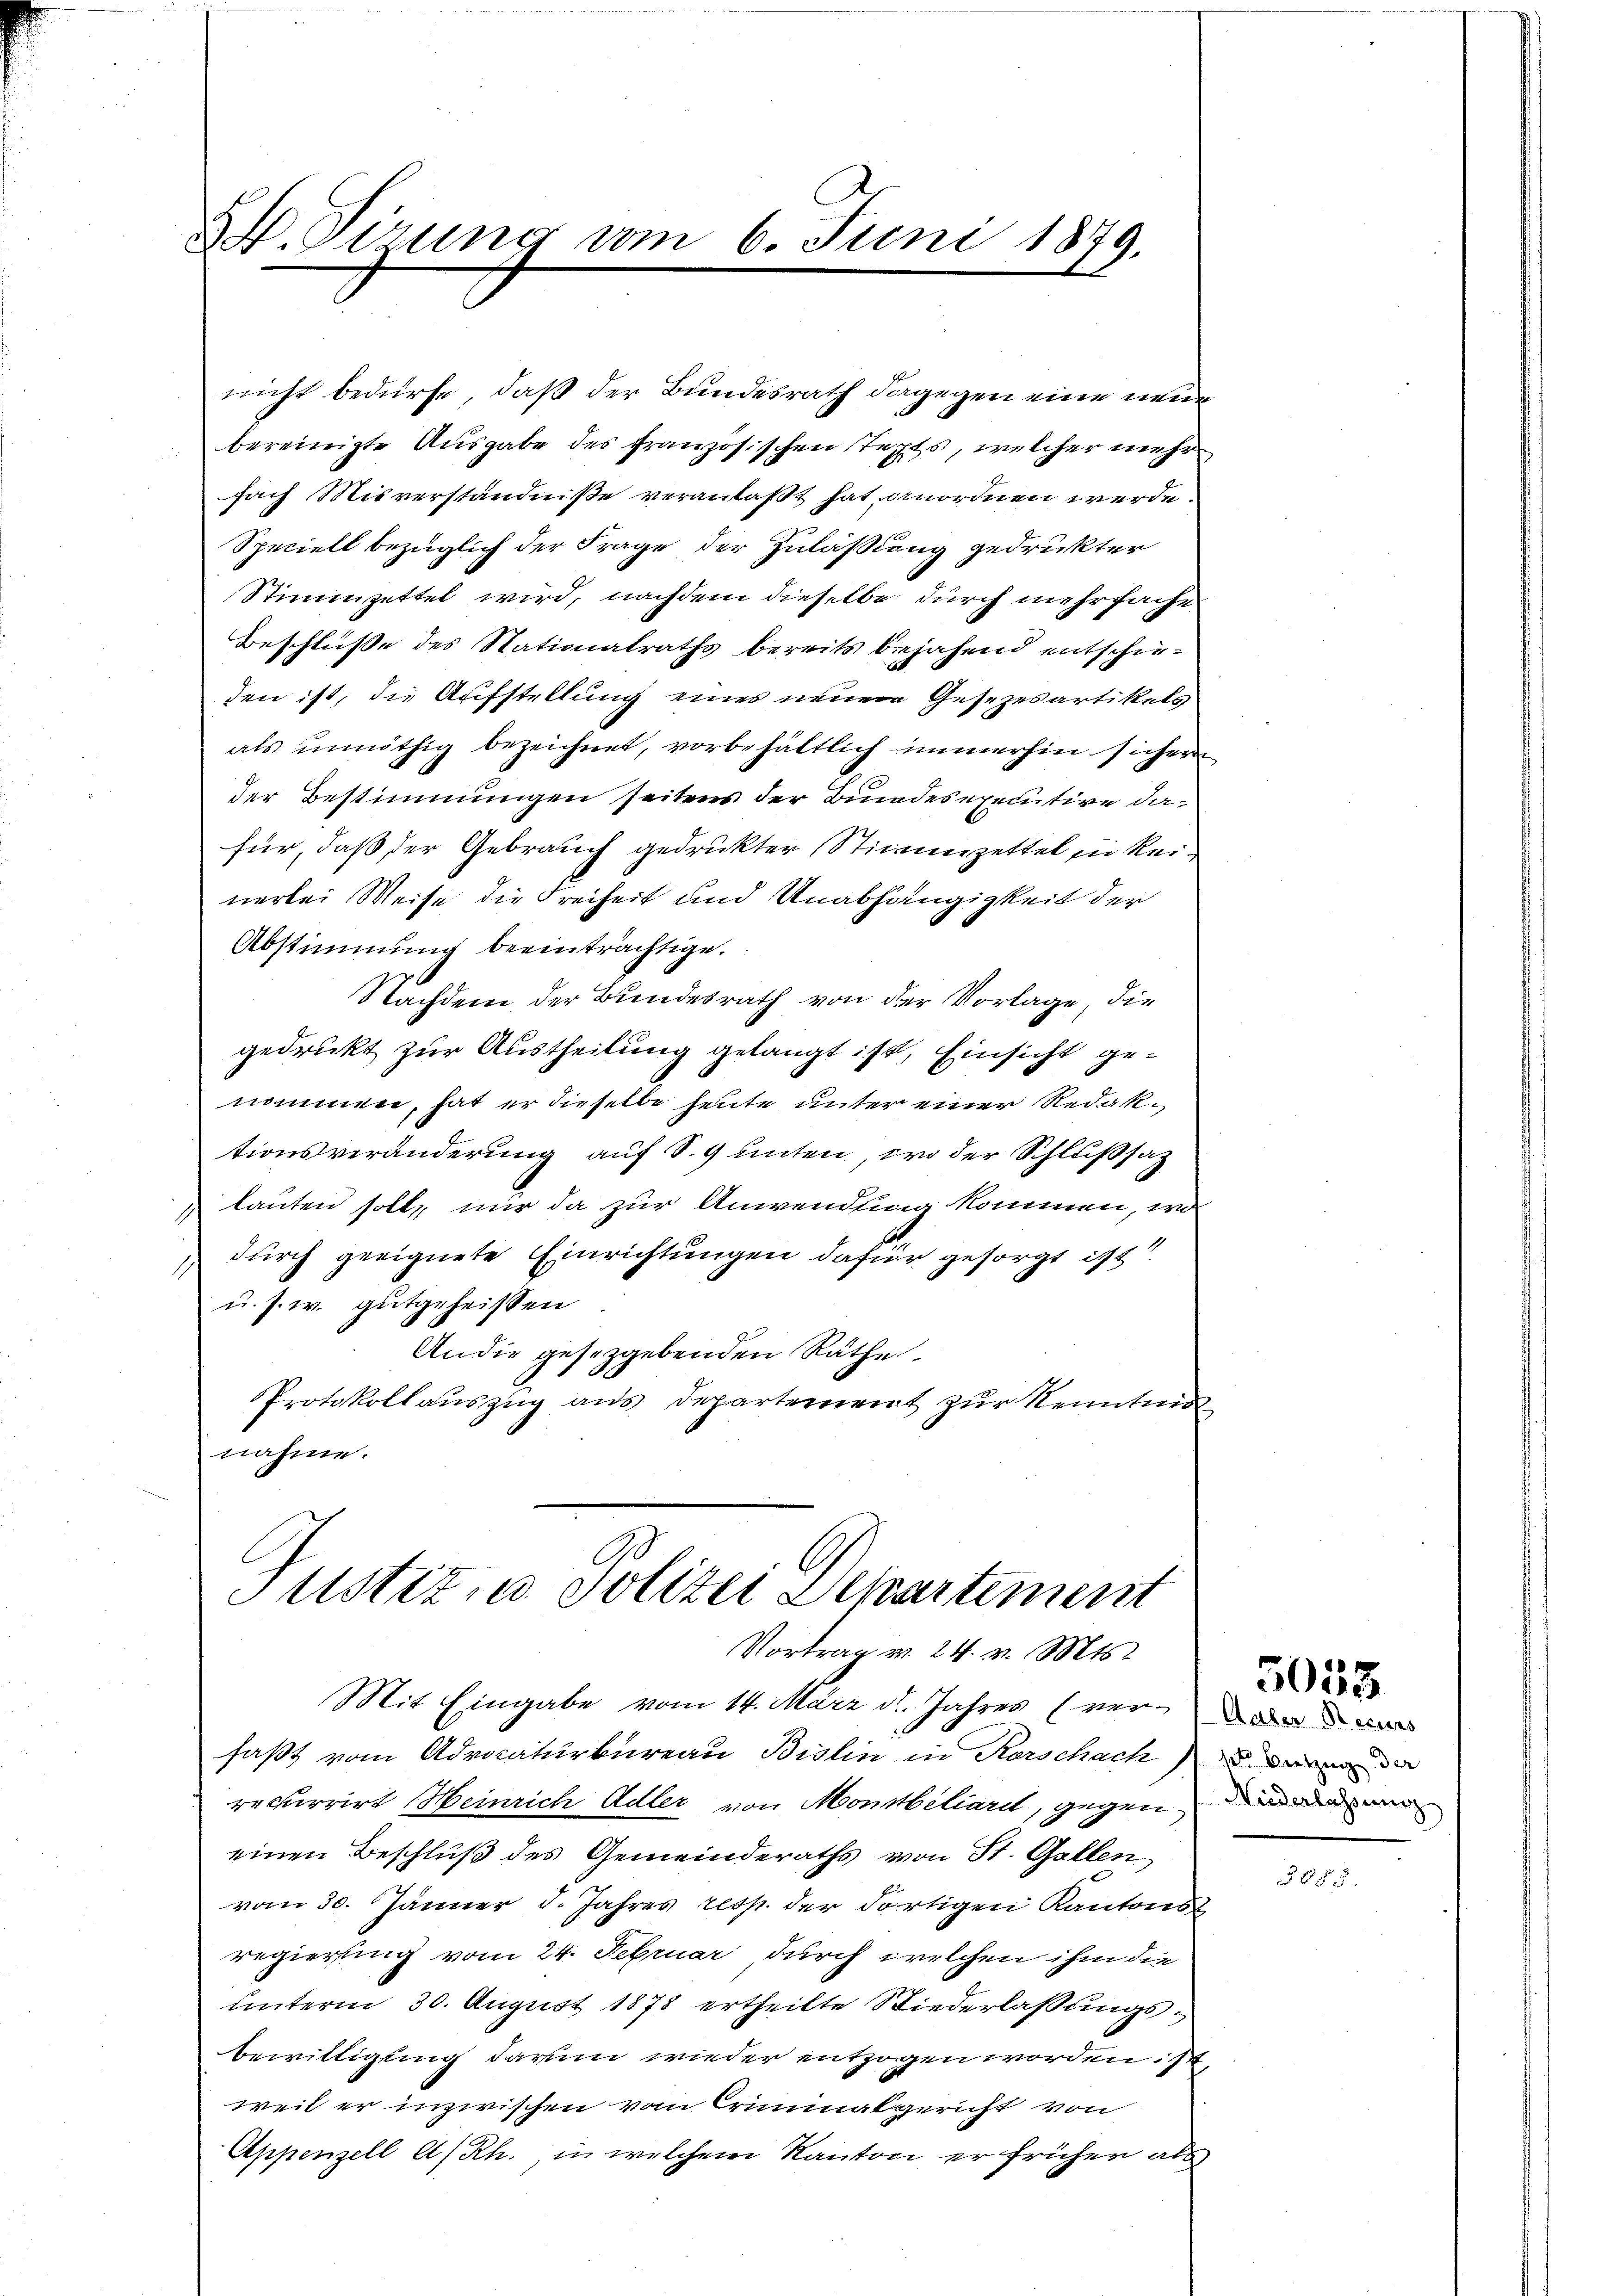
v. Tirung vom 6. Juni 1879.

nicht bedürfe, daß der Bundesrath dagegen eine neue
bereinigte Ausgabe des französischen Texts, welcher mehr
fach Misverständniße veranlaßt hat anordnen werde.
Speciell bezüglich der Frage der Zulaßung gedruckter
Stimmzettel wird, nachdem dieselbe durch mehrfache
Beschluße des Nationalraths bereits bejahend entschieden ist, die Aufstellung eines neuen Gesezesartikels
als unnöthig bezeichnet, vorbehältlich immerhin sicher
der Bestimmungen seitens der Bundesexecutive dafür, daß der Gebrauch gedruckter Stimmzettel sie keinerlei Weise die Freiheit und Unabhängigkeit der
Abstimmung beeinträchtige.
Nachdem der Bundesrath von der Vorlage, die
gedruckt zur Austheilung gelangt ist, Einsicht genommen, hat er dieselbe heute unter einer Redaktionsveränderung auf S. 9 unten, wo der Schlußsaz
 lauten soll, mir da zur Anwendung kommen, war
durch geeignete Einrichtungen dafür gesorgt ist.
1
u. s. w. gutgeheißen
An die gesetzgebenden Räthe
Protokollauszug aus Departement zur Kenntnis
nahme.

Justiz, u. Polizei Departement
Vortrag v. 24. v. Mts.

Mit Eingabe vom 14. März d. Jahres (ver-
faßt vom Advocaturbureau Bislin in Kerschach de
recurrirt Heinrich Adler von Monsbiliarit, gegen ande
einen Beschluß des Gemeinderaths von St. Gallen
vom 30. Jänner d. Jahres resp. der dortigen Kantons
regierung vom 24. Februar durch welchen ihm die
unterm 30. August 1878 ertheilte Niederlaßungsbewilligung darum wieder entzogen worden. I
weil er inzwischen vom Criminalgericht von
Appenzell A/Rh. in welchem Kanton er frühen als

Aaber Recurs

5058

1